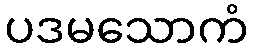
ပဒမသောကံ